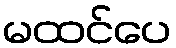
မထင်ပေ